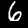
Digit: 6